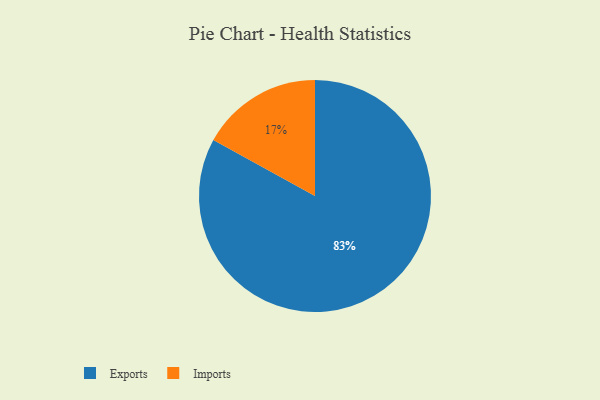
{"axis": {"x": "Category", "y": "Percentage"}, "legend": ["Exports", "Imports"], "data": [{"x": "Exports", "y": 83, "type": "Exports"}, {"x": "Imports", "y": 17, "type": "Imports"}]}